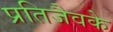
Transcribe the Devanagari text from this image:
प्रतिजैवके